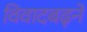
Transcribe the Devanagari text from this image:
विवादबढ़ने